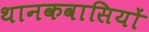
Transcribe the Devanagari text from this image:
थानकवासियों